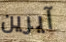
آيرين